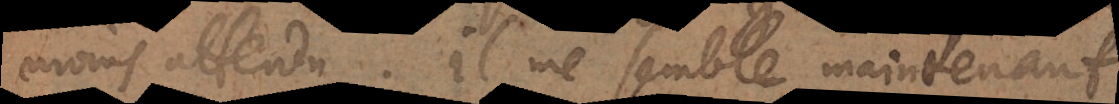
moins attendu. Il me semble maintenant